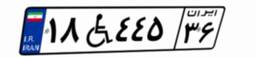
۹۷W۶۸۰۹۳